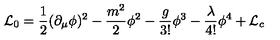
{ \cal L } _ { 0 } = { \frac { 1 } { 2 } } ( \partial _ { \mu } \phi ) ^ { 2 } - { \frac { m ^ { 2 } } { 2 } } \phi ^ { 2 } - { \frac { g } { 3 ! } } \phi ^ { 3 } - { \frac { \lambda } { 4 ! } } \phi ^ { 4 } + { \cal L } _ { c }